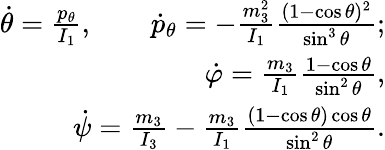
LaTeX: \begin{array}{r}{\dot{\theta}=\frac{p_{\theta}}{I_{1}},\qquad\dot{p}_{\theta}=-\frac{m_{3}^{2}}{I_{1}}\frac{(1-\cos\theta)^{2}}{\sin^{3}\theta};}\\ {\dot{\varphi}=\frac{m_{3}}{I_{1}}\frac{1-\cos\theta}{\sin^{2}\theta},}\\ {\dot{\psi}=\frac{m_{3}}{I_{3}}-\frac{m_{3}}{I_{1}}\frac{(1-\cos\theta)\cos\theta}{\sin^{2}\theta}.}\end{array}